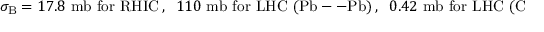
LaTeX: \sigma _ { \mathrm { B } } = 1 7 . 8 { \mathrm { ~ m b ~ f o r ~ R H I C } } \, , \; \; 1 1 0 { \mathrm { ~ m b ~ f o r ~ L H C ~ ( P b - - P b ) } } \, , \; \; 0 . 4 2 { \mathrm { ~ m b ~ f o r ~ L H C ~ ( C a - - C a ) } } \, .